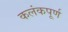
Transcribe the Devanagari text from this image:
कलंकपूर्ण